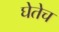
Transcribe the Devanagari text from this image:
घेतेच